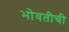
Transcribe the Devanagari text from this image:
भोवतीची